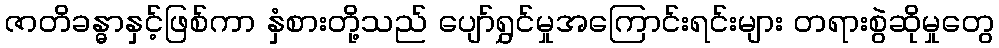
ဇာတိခန္ဓာနှင့်ဖြစ်ကာ နှံစားတို့သည် ပျော်ရွှင်မှုအကြောင်းရင်းများ တရားစွဲဆိုမှုတွေ